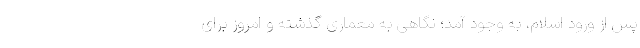
پس از ورود اسلام، به وجود آمد؛ نگاهی به معماری گذشته و امروز برای